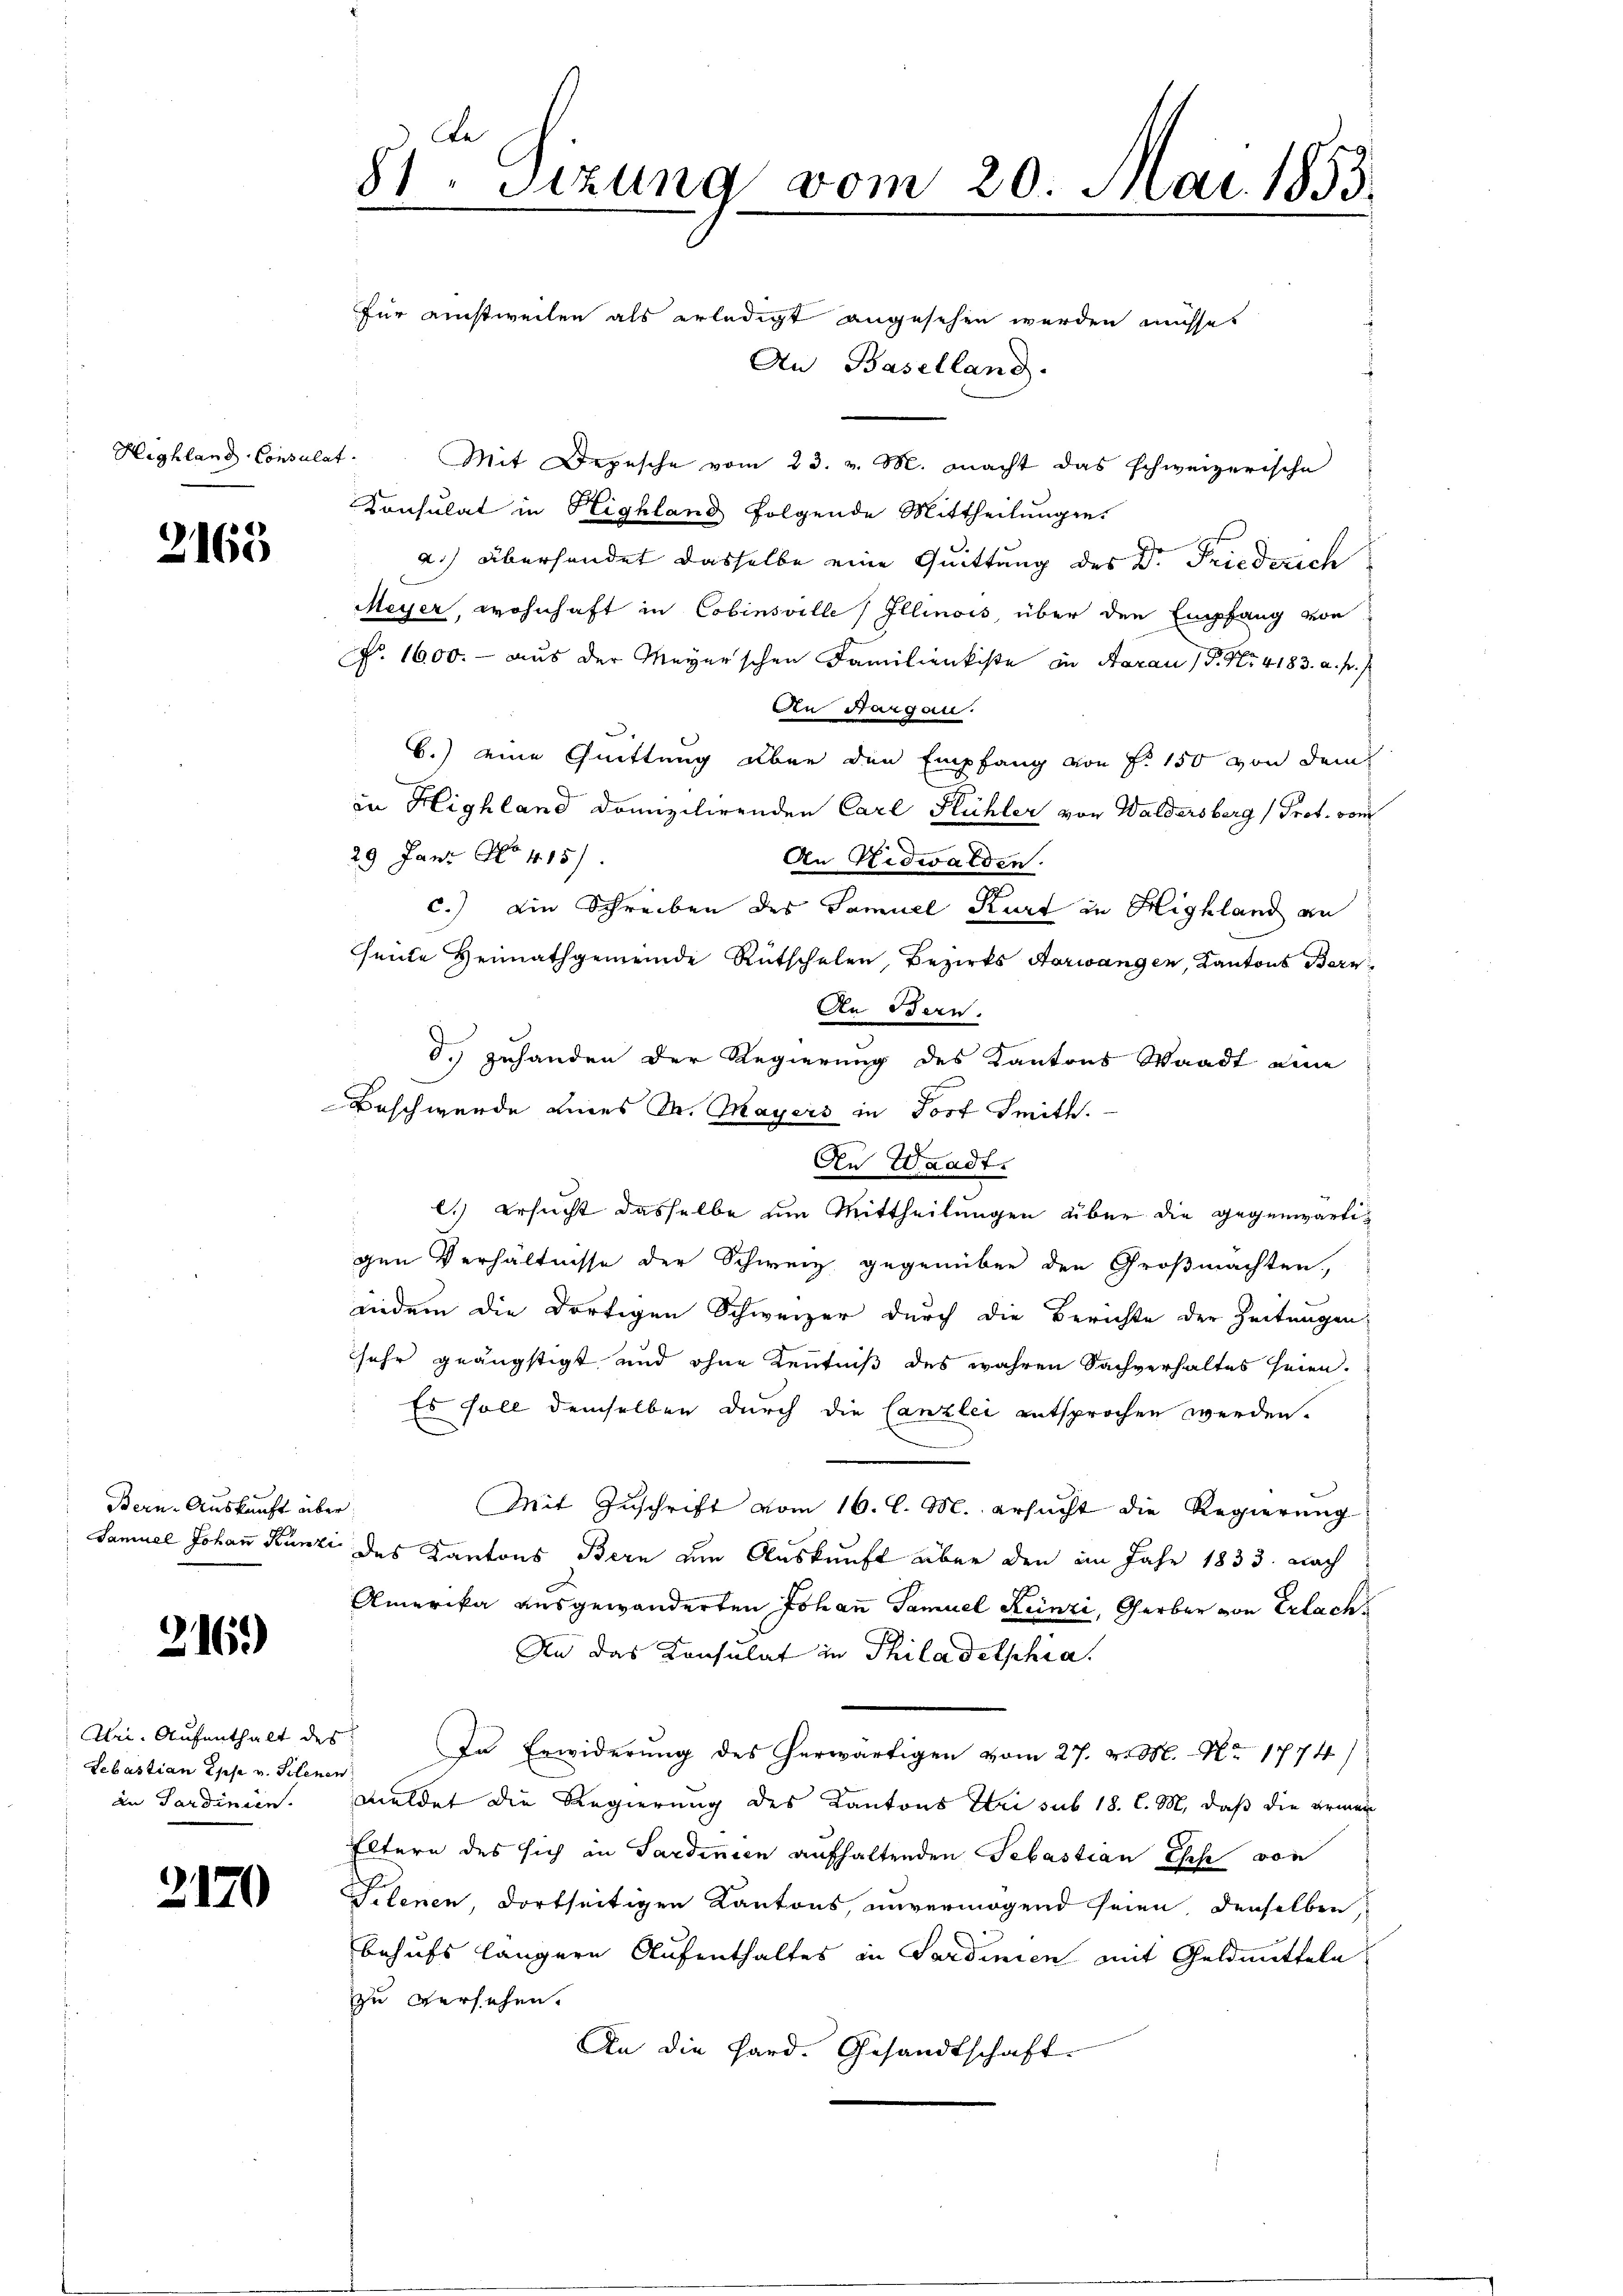
Highland-Consulat

2165

Bern-Auskunft über

216)

Sebastian Epse v. Selenen
an Sardinien.

2170

An Baselland.
Mit Depesche vom 23. v. M. macht das schweizerische
Konsulat in Highland folgende Mittheilungen.
a.) Übersendet dasselbe eine Quittung des Dr. Friederich
Meyer, wohnhaft in Cobinsville Illinois, über den Empfang von
No. 1600. aus der Meyerschen Familienkiste in Aarau P. Nr. 4183. a. p.
An Aargau.
b.) eine Quittung über den Empfang von P. 150 von dem
in Highland domizilirenden Carl Flühler von Waldersberg (Prof. vom
29 Janz No. 415/
An Nidwalden.
c.) Ein Schreiben des Samuel Kurt in Highland an
seite Heimathgemeinde Rutschelen, Bezirks Aarwangen, Kantons Bern
An Bern.
d. Zuhanden der Regierung des Kantons Waadt eine
Beschwerde eines Dr. Mayers in Jost Smith.
An Waadt.
l.) ersucht dasselbe um Mittheilungen über die gegenwärtigen Verhältnisse der Schweiz gegenüber den Großmachten,
iindem die dortigen Schweizer durch die Berichte der Zeitungen.
sehr geängstigt und ohne Kenntniß des wahren Sachverhaltes seien.
Es soll demselben durch die Canzlei entsprochen werden.
Mit Zuschrift vom 16. l. M. ersucht die Regierung
Samuel Johann Kunzi des Kantons Bern am Auskunft über den im Jahr 1833. nach
Amerika ausgewanderten Johann Samuel Künzi, Gerber von Erlach
An das Konsulat in Philadelphia
Uri. Aufenthalt des In Erwiderung des herwärtigen vom 27. v. M. Nr. 1774)
meldet die Regierung des Kantons Uri sub 18. l. M. daß die armer
Eltern des sich in Sardinien aufhaltenden Sebastian Ehese von
Telenen, dortseitigen Kantons, unvermögend seien, denselben,
behufs längere Aufenthaltes in Sardinien mit Geldmitteln
zu versehen.
An die Hard. Gesandtschaft.

81. Sizung vom 20. Mai 1853.
für einstweilen als erledigt angesehen werden müssen